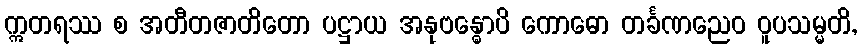
ဣတရဿ စ အတီတဇာတိတော ပဋ္ဌာယ အနုဗန္ဓောပိ ကောဓော တင်္ခဏညေဝ ဝူပသမ္မတိ,